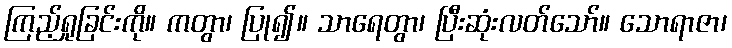
ကြည့်ရှုခြင်းကို။ ကတွာ၊ ပြု၍။ သာရေတွာ၊ ပြီးဆုံးလတ်သော်။ သောရာဇာ၊